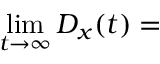
\operatorname* { l i m } _ { t \to \infty } D _ { x } ( t ) =